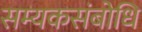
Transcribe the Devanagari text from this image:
सम्यकसंबोधि